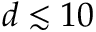
d \lesssim 1 0